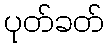
ပုတ်ခတ်